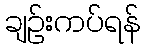
ချဉ်းကပ်ရန်